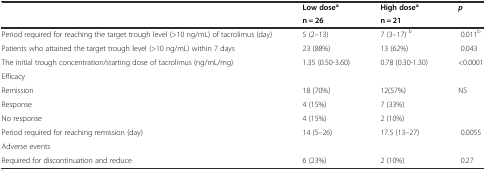
<table><thead><tr><td></td><td><b>Low dose<sup>a</sup></b></td><td><b>High dose<sup>a</sup></b></td><td rowspan="2"><b><i>p</i></b></td></tr><tr><td></td><td><b>n = 26</b></td><td><b>n = 21</b></td></tr></thead><tbody><tr><td>Period required for reaching the target trough level (&gt;10 ng/mL) of tacrolimus (day)</td><td>5 (2–13)</td><td>7 (3–17) <sup>b</sup></td><td>0.011<sup>b</sup></td></tr><tr><td>Patients who attained the target trough level (&gt;10 ng/mL) within 7 days</td><td>23 (88%)</td><td>13 (62%)</td><td>0.043</td></tr><tr><td>The initial trough concentration/starting dose of tacrolimus (ng/mL/mg)</td><td>1.35 (0.50-3.60)</td><td>0.78 (0.30-1.30)</td><td>&lt;0.0001</td></tr><tr><td>Efficacy</td><td></td><td></td><td></td></tr><tr><td>Remission</td><td>18 (70%)</td><td>12(57%)</td><td>NS</td></tr><tr><td>Response</td><td>4 (15%)</td><td>7 (33%)</td><td></td></tr><tr><td>No response</td><td>4 (15%)</td><td>2 (10%)</td><td></td></tr><tr><td>Period required for reaching remission (day)</td><td>14 (5–26)</td><td>17.5 (13–27)</td><td>0.0055</td></tr><tr><td>Adverse events</td><td></td><td></td><td></td></tr><tr><td>Required for discontinuation and reduce</td><td>6 (23%)</td><td>2 (10%)</td><td>0.27</td></tr></tbody></table>